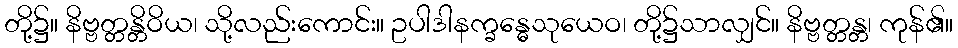
တို့၌။ နိဗ္ဗတ္တန္တိဝိယ၊ သို့လည်းကောင်း။ ဥပါဒါနက္ခန္ဓေသုယေဝ၊ တို့၌သာလျှင်။ နိဗ္ဗတ္တန္တ၊ ကုန်၏။